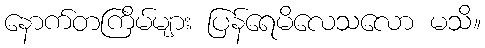
နောက်တကြိမ်များ ပြန်ရေမိလေသလော မသိ။